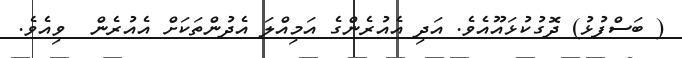
( ބަސްފުޅު) ދޮގުކުޅައޫއެވެ. އަދި އެއުރެންގެ އަމިއްލަ އެދުންތަކަށް އެއުރެން  ވިއެވެ.